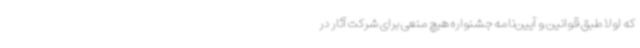
که اولاً طبق قوانین و آیین‌نامه جشنواره هیچ منعی برای شرکت آثار در